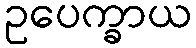
ဥပေက္ခာယ